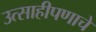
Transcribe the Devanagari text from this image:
उत्साहीपणाचे